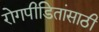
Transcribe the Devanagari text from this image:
रोगपीडितांसाठी